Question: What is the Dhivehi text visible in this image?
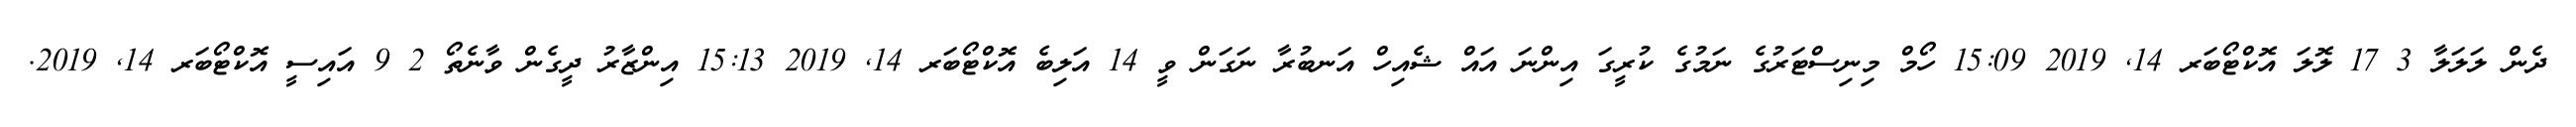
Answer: ދެން ލަލަލާ 3 17 ލޮލަ އޮކްޓޯބަރ 14, 2019 15:09 ހޯމް މިނިސްޓަރުގެ ނަމުގެ ކުރީގަ އިންނަ އައް ޝެއިހް އަނބުރާ ނަގަން ވީ 14 އަލިބެ އޮކްޓޯބަރ 14, 2019 15:13 އިންޒާރު ދީގެން ވާނެތޯ 2 9 އައިސީ އޮކްޓޯބަރ 14, 2019.